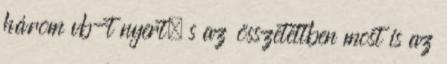
három vb-t nyert, s az összetettben most is az